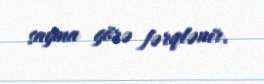
sayına görə fərqlənir.